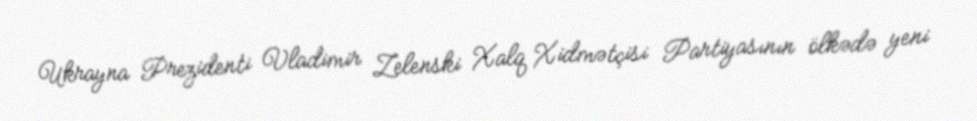
Ukrayna Prezidenti Vladimir Zelenski Xalq Xidmətçisi Partiyasının ölkədə yeni